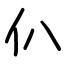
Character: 仈